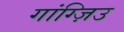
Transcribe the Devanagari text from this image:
गांग्ज़िउ